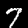
Digit: 7